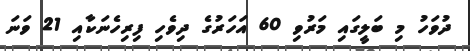
ދުވަހު މި ބަލީގައި މަރުވި 60 އަހަރުގެ ދިވެހި ފިރިހެނަކާއި 21 ވަނަ